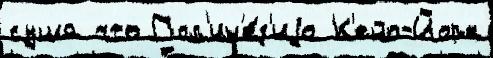
суша что Пол'ин'е́з'иjа К'ейп-Йорк